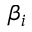
\beta _ { i }